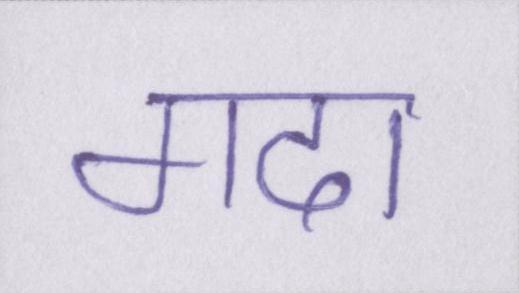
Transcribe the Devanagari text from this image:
गदा